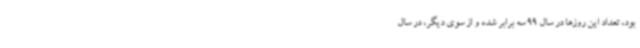
بود، تعداد این روزها در سال 99 سه برابر شده و از سوی دیگر، در سال